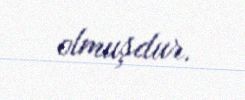
olmuşdur.